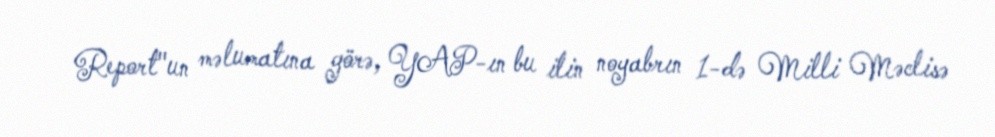
Report"un məlumatına görə, YAP-ın bu ilin noyabrın 1-də Milli Məclisə